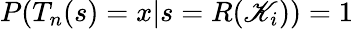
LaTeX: P(T_{n}(s)=x|s=R(\mathscr{K}_{i}))=1